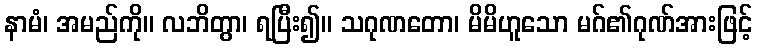
နာမံ၊ အမည်ကို။ လဘိတွာ၊ ရပြီး၍။ သဂုဏတော၊ မိမိဟူသော မဂ်၏ဂုဏ်အားဖြင့်